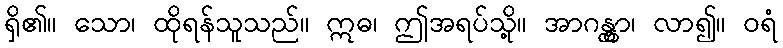
ရှိ၏။ သော၊ ထိုရန်သူသည်။ ဣဓ၊ ဤအရပ်သို့။ အာဂန္တွာ၊ လာ၍။ ဝရံ